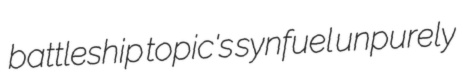
battleship topic's synfuel unpurely